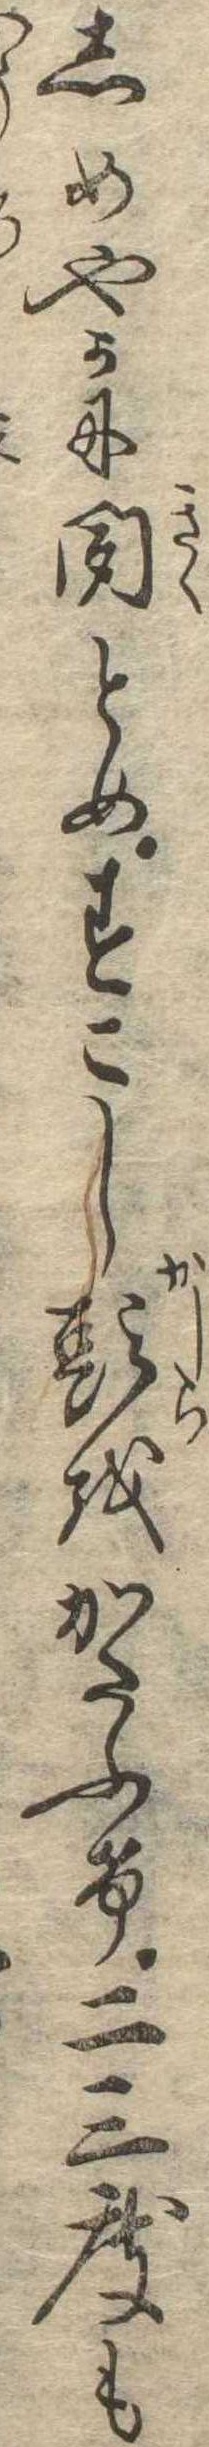
しめやかに聞とめすこし頭をかたふけ二三度も